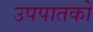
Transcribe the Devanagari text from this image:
उपपातकों